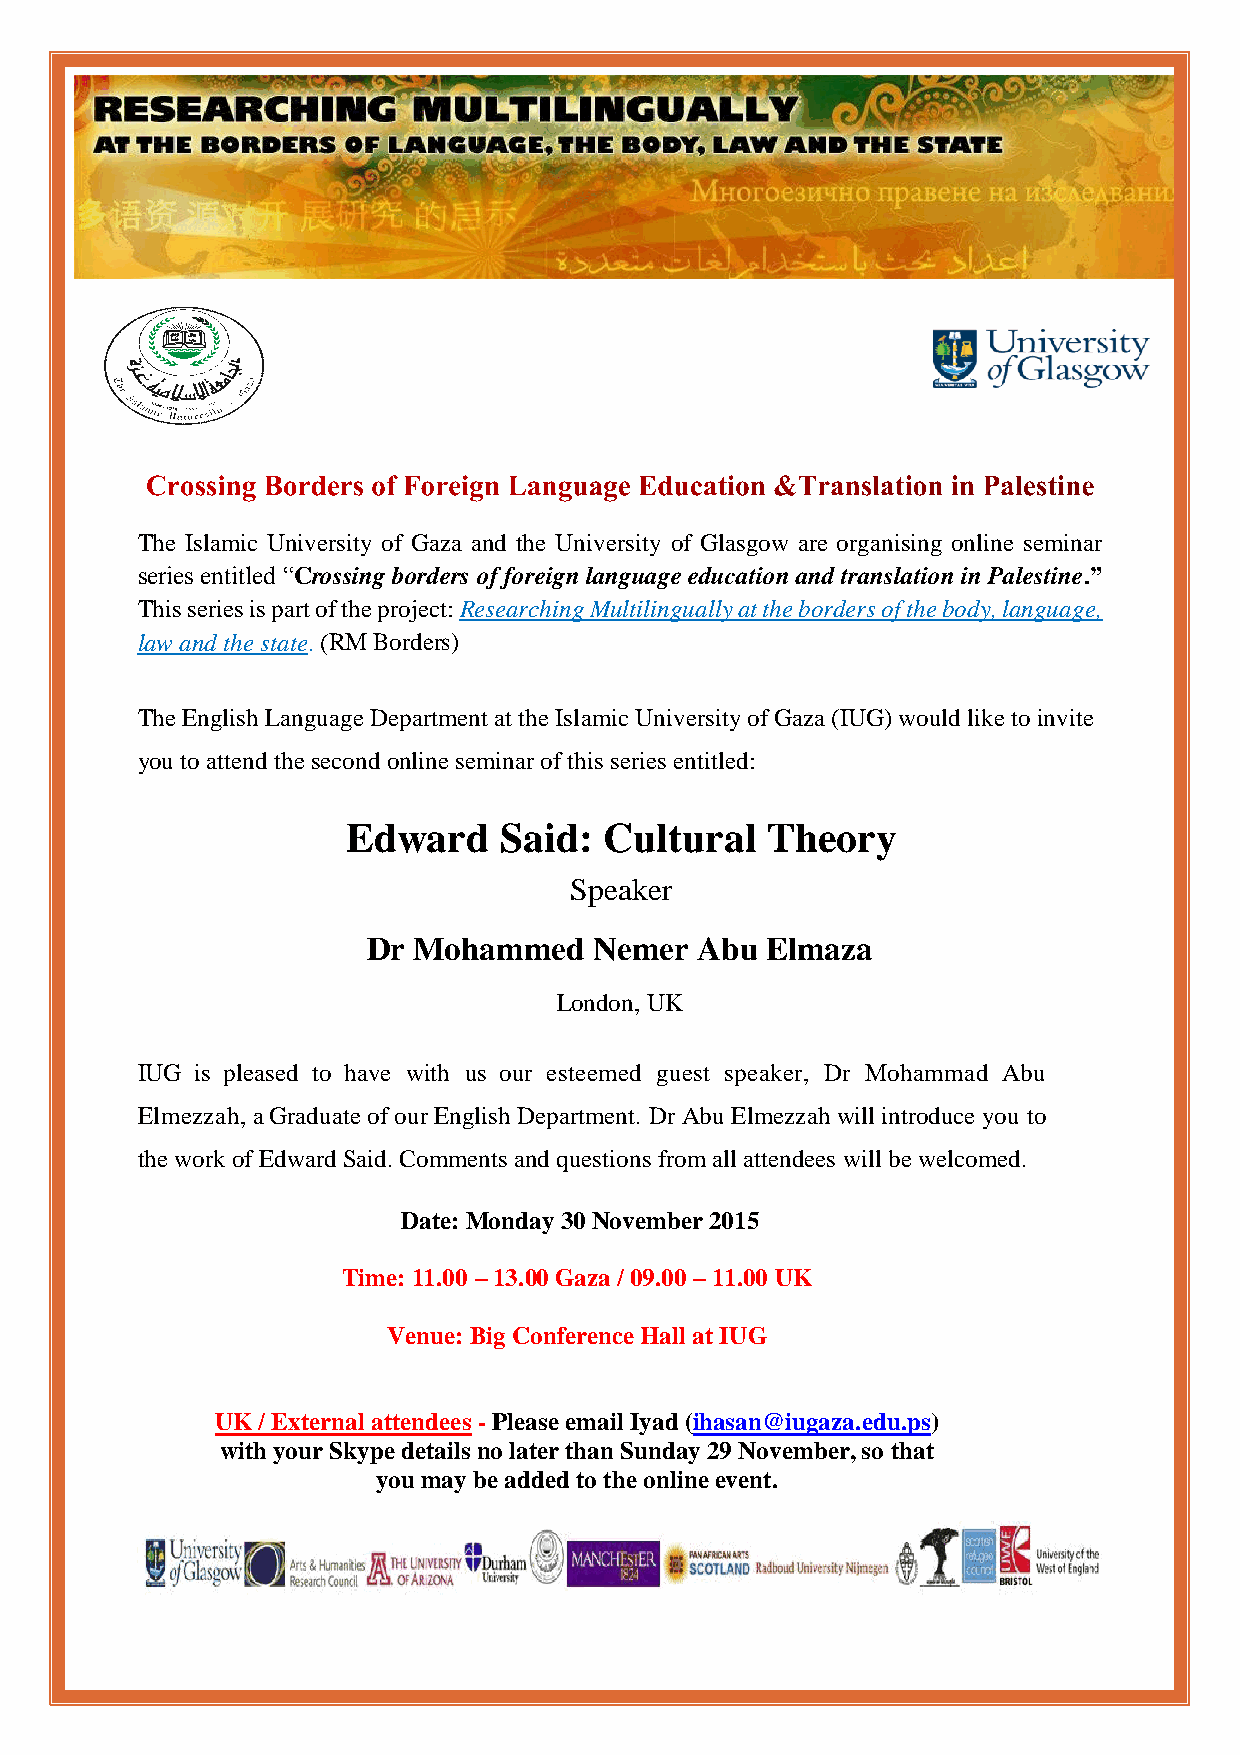
The Islamic University of Gaza and the University of Glasgow are organising online seminar
 series entitled “Crossing borders of foreign language education and translation in Palestine.”
 This series is part of the project: Researching Multilingually at the borders of the body, language,
 law and the state. (RM Borders)
 The English Language Department at the Islamic University of Gaza (IUG) would like to invite
 you to attend the second online seminar of this series entitled:
 Edward    Said:  Cultural   Theory
 Speaker
 Dr Mohammed    Nemer  Abu  Elmaza
 London, UK
 IUG is pleased to have with us our esteemed guest speaker, Dr Mohammad Abu
 Elmezzah, a Graduate of our English Department. Dr Abu Elmezzah will introduce you to
 the work of Edward Said. Comments and questions from all attendees will be welcomed.
 Date: Monday 30 November 2015
 Time: 11.00 – 13.00 Gaza / 09.00 – 11.00 UK
 Venue: Big Conference Hall at IUG
 UK / External attendees - Please email Iyad (ihasan@iugaza.edu.ps)
 with your Skype details no later than Sunday 29 November, so that
 you may be added to the online event.